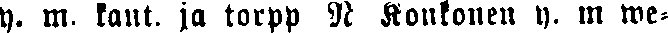
y. m, kaut.jo torpp N Koukonen y. m we-